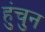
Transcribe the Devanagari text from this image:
हुंचुन